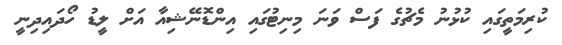
ކުރިމަތީގައި ކުޅުނު މެޗުގެ ފަސް ވަނަ މިނިޓުގައި އިންޑޮނޭޝިއާ އަށް ލީޑު ހޯދައިދިނީ